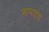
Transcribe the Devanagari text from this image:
आमदोष